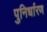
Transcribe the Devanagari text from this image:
पुनिर्धारण